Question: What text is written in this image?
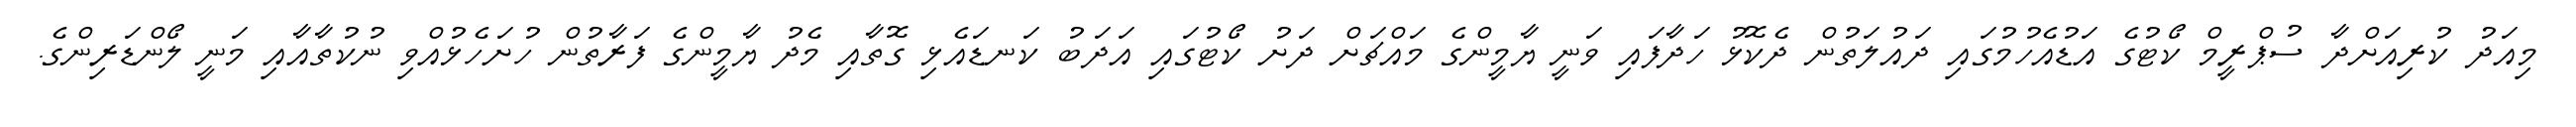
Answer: މިއަދު ކުރިއަށްދާ ސުޕްރީމް ކޯޓުގެ އަޑުއެހުމުގައި ދައުލަތުން ދެކޮޅު ހަދާފައި ވަނީ ޔާމީންގެ މައްޗަށް ދަށު ކޯޓުގައި އަދަބު ކަނޑައެޅި ގޮތާއި މެދު ޔާމީންގެ ފަރާތުން ހުށަހެޅުއްވި ނުކުތާއާއި މަނީ ލޯންޑަރިންގެ.